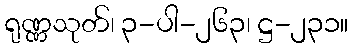
ရုဏ္ဏသုတ်၊ ၃-ပါ-၂၆၃၊ ဋ္ဌ-၂၃၁။